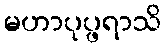
မဟာပုပ္ဖရာသိ